Maali_päevik, lk 265
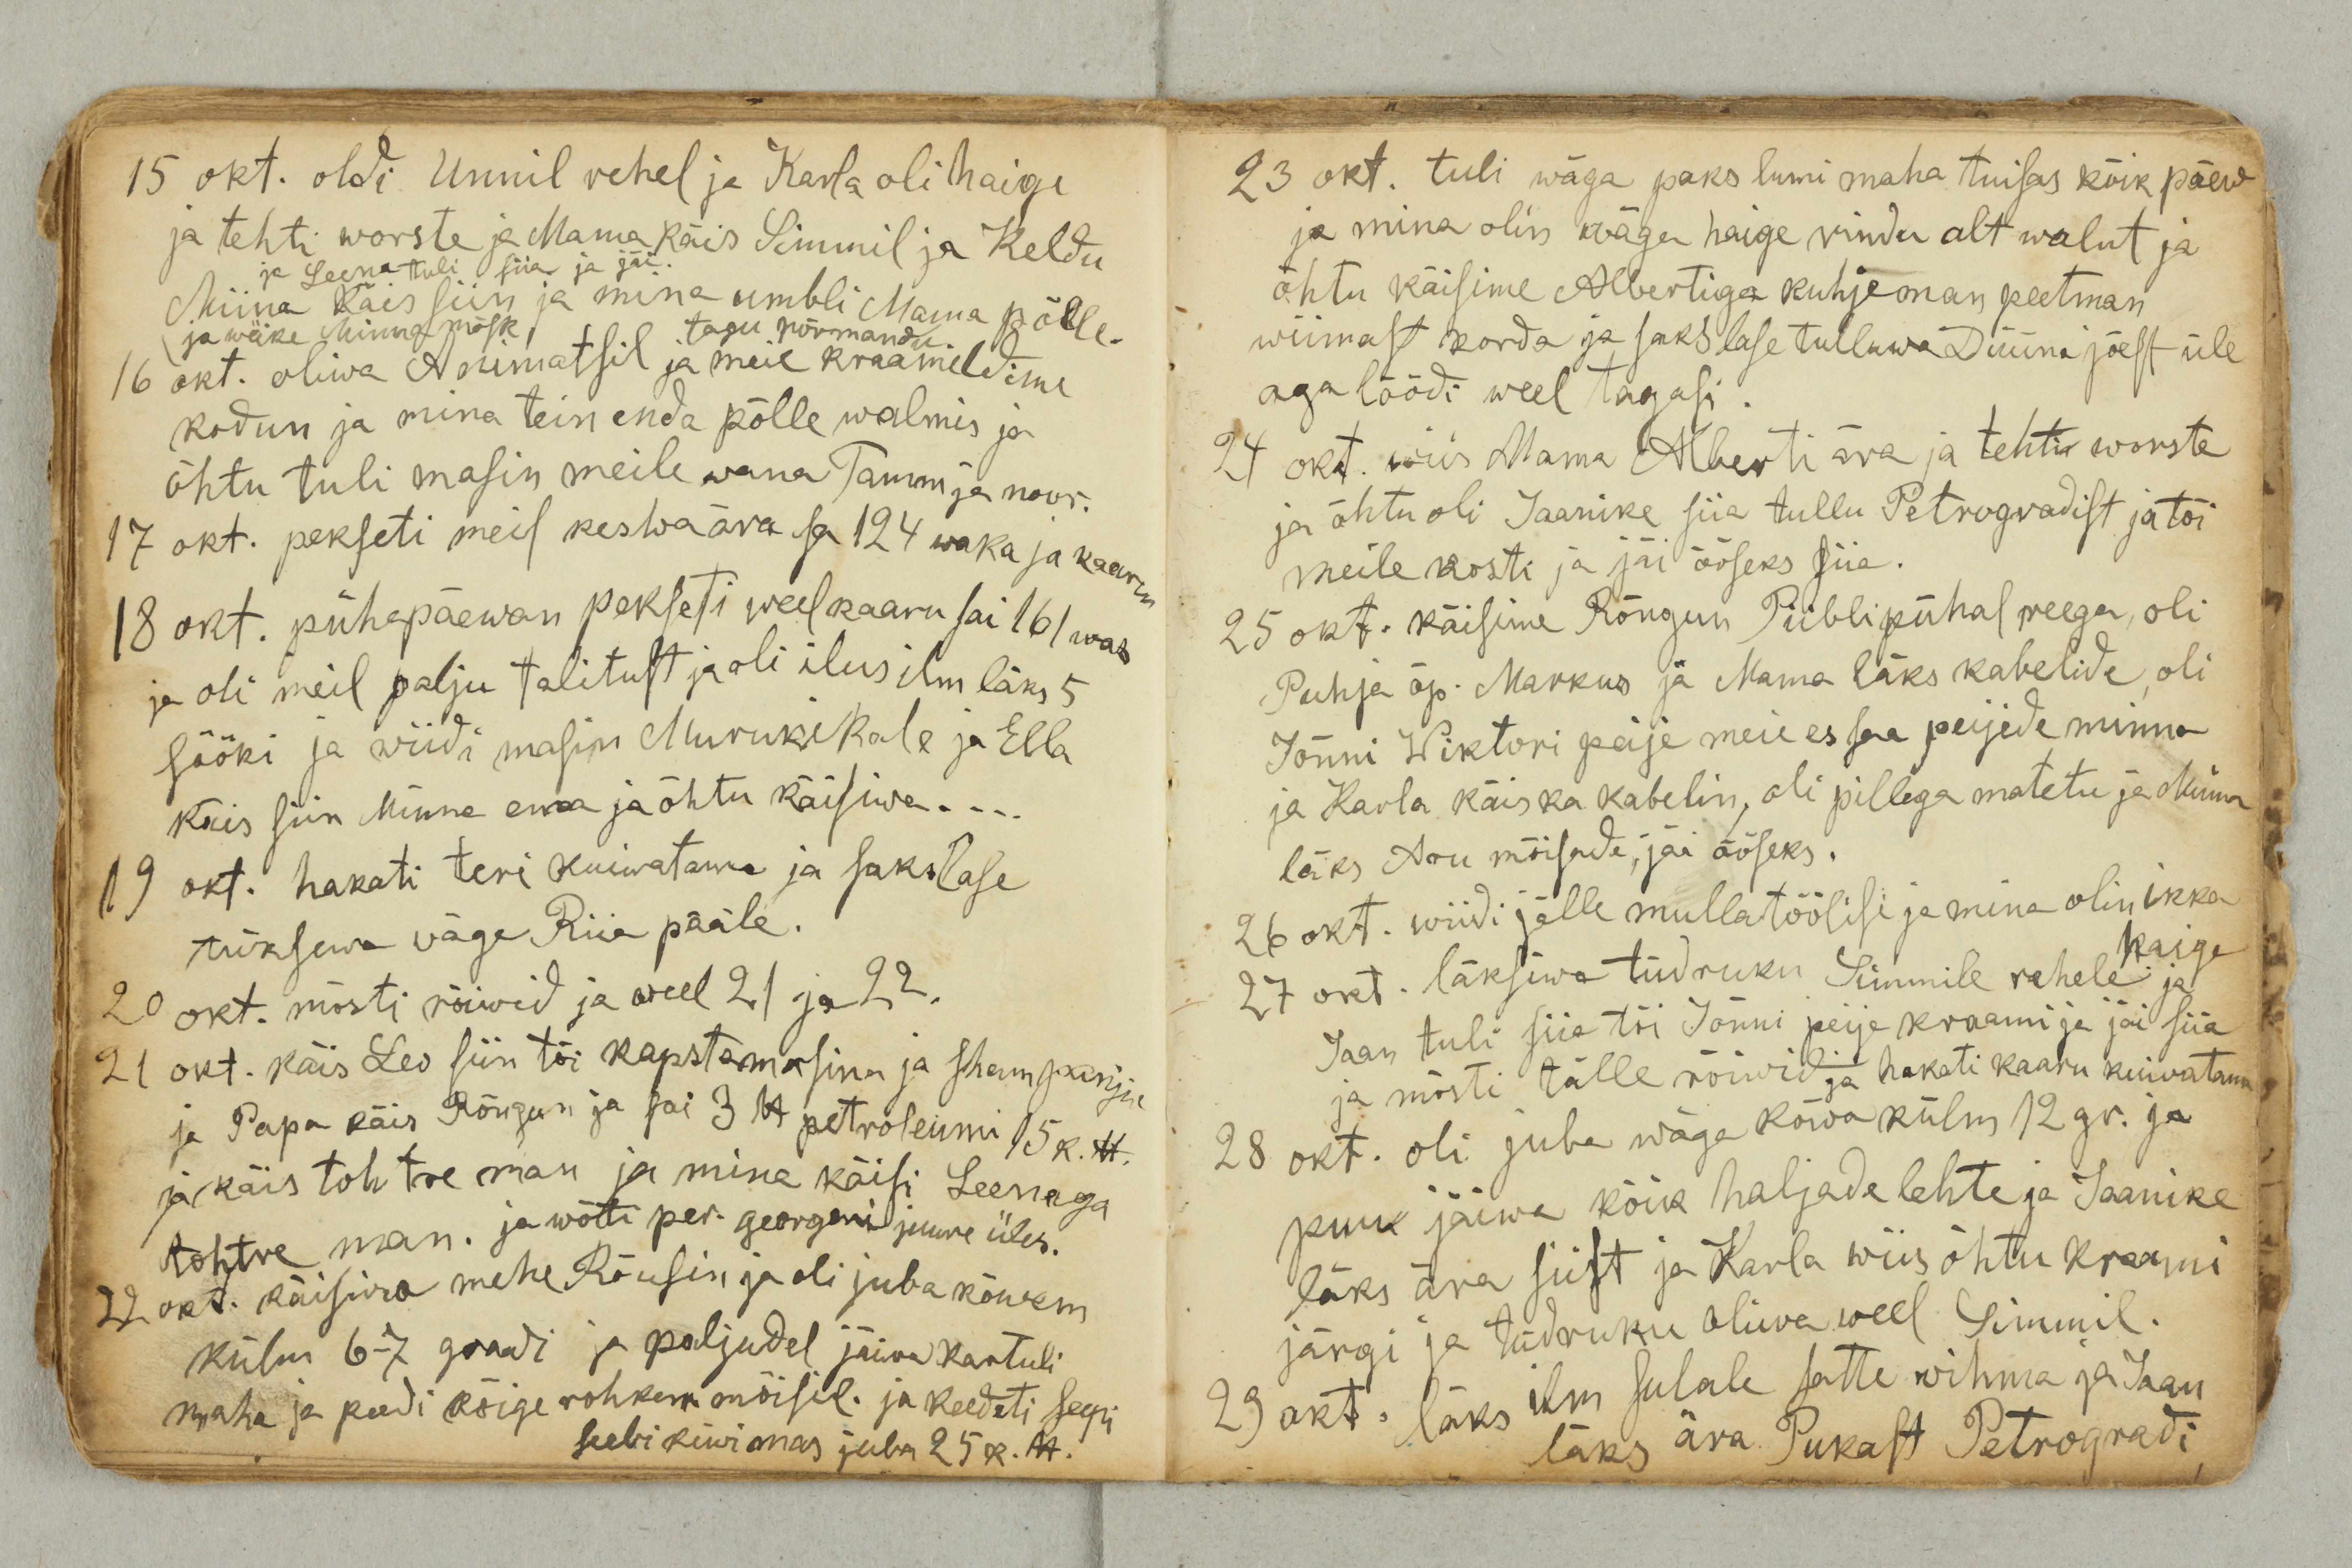
15 okt. oldi Unnil rehel ja Karla oli haige
ja tehti worste ja Mama käis Simmil ja Keldu
ja Leena tuli siia ja jäi.
Miina käis siin ja mina umbli Mama põlle.
ja weike Minna mõsk
tagu põrmandu.
16 okt. oliwa Animatsil ja meie kraameldime
kodun ja mina tein enda põlle walmis ja
õhtu tuli masin meile wana Tamm ja noor.
17 okt. pekseti meil keswa ära sa 124 waka ja kaaru
18 okt. pühapäewan pekseti weel kaaru sai 161 wak
ja oli meil palju talitust ja oli ilus ilm läks 5
sööki ja wiidi masin Murukikale ja Ella
käis siin Minna ema ja õhtu käisiwa …
19 okt. hakati teri kuiwatama ja sakslase
tüksewa wäga Riia pääle.
20 okt. mõsti rõiwid ja weel 21 ja 22.
21 okt. käis Leo siin tõi kapstamasina ja shampanja
ja Papa käis Rõngun ja sai 3 lb petrooleumi 15 k. lb.
ja käis tohtre man ja mina käisi Leenaga
tohtre man. ja wõti per. georgeni juure üles.
22 okt. käisiwa mehe Rõusin ja oli juba kõwem
külm 6-7 graadi ja paljudel jäiwa kartuli
maha ja peedi kõige rohkem mõisil. ja keedeti seepi
seebi kiwi mas juba 25 k. lb.

23 okt. tuli wäga paks lumi maha tuisas kõik päew
ja mina olin wäga haige rindu alt walut ja
õhtu käisime Albertiga kuhje man peetan
wiimast korda ja sakslase tulluwa Düüna jõest üle
aga löödi weel tagasi.
24 okt. wiis Mama Alberti ära ja tehti worste
ja õhtu oli Jaanike siia tullu Petrogradist ja tõi
meile kosti ja jäi ööseks siia.
25 okt. käisime Rõngun Piiblipühal reega, oli
Puhja õp. Markus ja Mama läks kabelide, oli
Jõnni Wiktori peije meie es saa peijede minna
ja Karla käis ka kabelin, oli pillega matetu ja Minna
läks Aru mõisade, jäi ööseks.
26 okt. wiidi jälle mullatöölisi ja mina olin ikka
haige
27 okt. läksiwa tüdruku Simmile rehele ja
Jaan tuli siia tõi Jõnni peije kraami ja jäi siia
ja mõsti talle rõiwid ja hakati kaaru kuiwatama
28 okt. oli juba wäga kõwa külm 12 gr. ja
puu jäiwa kõik haljade lehte ja Jaanike
läks ära siist ja Karla wiis õhtu kraami
järgi ja tüdruku oliwa weel Simmil.
29 okt. läks ilm sulale satte wihma ja Jaan
läks ära Pukast Petrogradi,